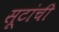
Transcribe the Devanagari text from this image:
सूटांची